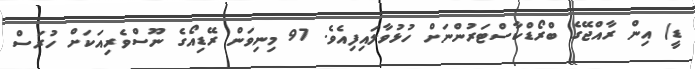
ޑީ) އިން ރާއްޖޭގެ ބްރޯޑްކާސްޓަރުންނަށް ހުޅުވާލައިފިއެވެ. 97 މިނިވަން ރޭޑިއޯގެ ނޫސްވެރިއަކަށް ހުރަސް